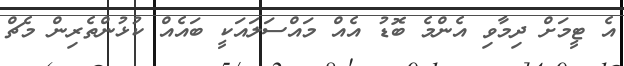
އެ ޓީމަށް ދިމާވި އެންމެ ބޮޑު އެއް މައްސަލައަކީ ބައެއް ކުޅުންތެރިން މެޗް